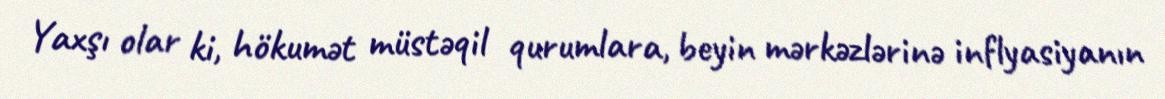
Yaxşı olar ki, hökumət müstəqil qurumlara, beyin mərkəzlərinə inflyasiyanın